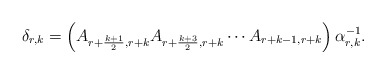
\begin{align*}\delta_{r,k}=\left(A_{r+\frac{k+1}{2}, r+k} A_{r+\frac{k+3}{2}, r+k} \cdots A_{r+k-1, r+k}\right) \alpha_{r,k}^{-1}.\end{align*}